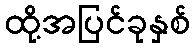
ထို့အပြင်ခုနှစ်